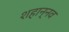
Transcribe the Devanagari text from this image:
शहान्‍नव